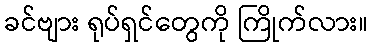
ခင်ဗျား ရုပ်ရှင်တွေကို ကြိုက်လား။